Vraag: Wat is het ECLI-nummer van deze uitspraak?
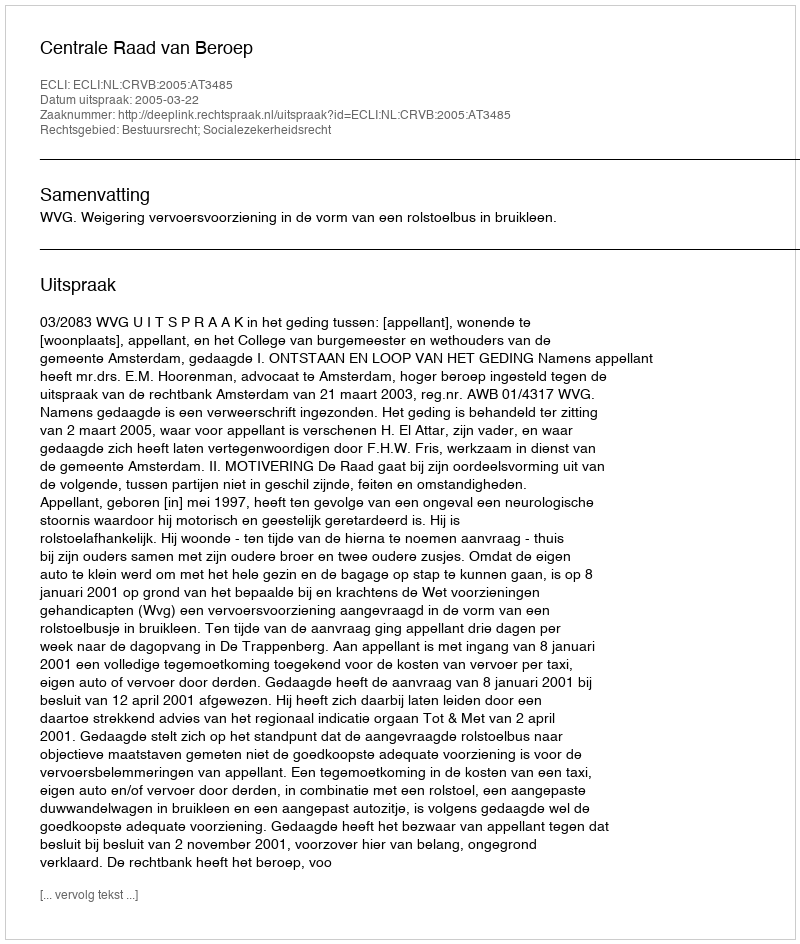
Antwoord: ECLI:NL:CRVB:2005:AT3485